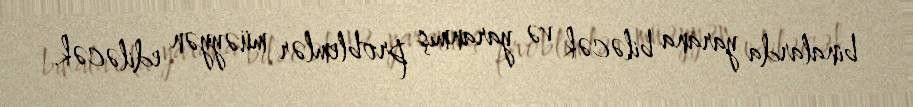
binalarda yarana biləcək və yaranmış problemlər müəyyən ediləcək.